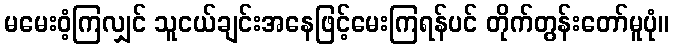
မမေးဝံ့ကြလျှင် သူငယ်ချင်းအနေဖြင့်မေးကြရန်ပင် တိုက်တွန်းတော်မူပုံ။